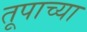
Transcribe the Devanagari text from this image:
तूपाच्या